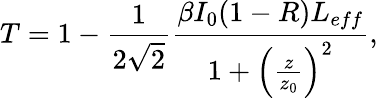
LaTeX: T=1-\frac{1}{2\sqrt{2}}\frac{\beta I_{0}(1-R)L_{eff}}{1+\left(\frac{z}{z_{0}}\right)^{2}},